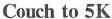
Couch to 5K